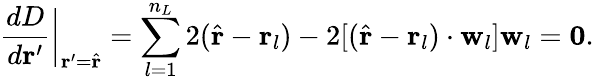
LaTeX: \frac{dD}{d\mathbf{r}^{\prime}}\biggr\rvert_{\mathbf{r}^{\prime}=\hat{\mathbf{r}}}=\sum_{l=1}^{n_{L}}2(\hat{\mathbf{r}}-\mathbf{r}_{l})-2[(\hat{\mathbf{r}}-\mathbf{r}_{l})\cdot\mathbf{w}_{l}]\mathbf{w}_{l}=\mathbf{0}.